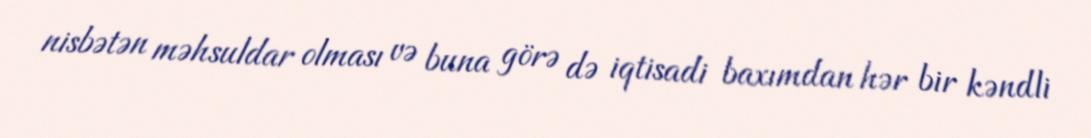
nisbətən məhsuldar olması və buna görə də iqtisadi baxımdan hər bir kəndli